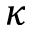
\kappa